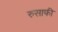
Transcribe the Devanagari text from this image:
रुसाफी